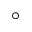
^ { \circ }